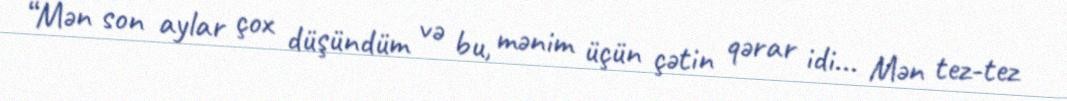
“Mən son aylar çox düşündüm və bu, mənim üçün çətin qərar idi... Mən tez-tez